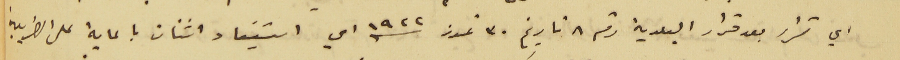
اي قرار بعد قرار البلدية رقم ٨ تاريخ ٣٠ تموز سنه ١٩٤٢ اي استيفاء اثنان بالماية على الضريبة